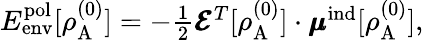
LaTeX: \begin{array}{r}{E_{\mathrm{env}}^{\mathrm{pol}}[\rho_{\mathrm{A}}^{(0)}]=-\frac{1}{2}\pmb{\mathcal{E}}^{T}[\rho_{\mathrm{A}}^{(0)}]\cdot\pmb{\mathcal{\mu}}^{\mathrm{ind}}[\rho_{\mathrm{A}}^{(0)}],}\end{array}